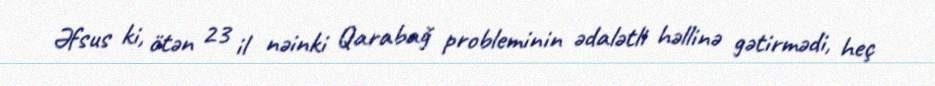
Əfsus ki, ötən 23 il nəinki Qarabağ probleminin ədalətli həllinə gətirmədi, heç